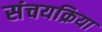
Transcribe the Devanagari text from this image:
संचयक्रिया